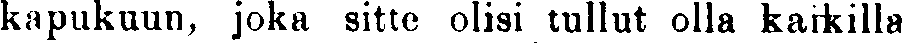
kapukuun, joka sitte olisi tullut olla kaikilla